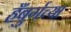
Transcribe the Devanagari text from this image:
हँबुर्गच्या